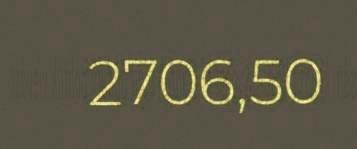
2706,50